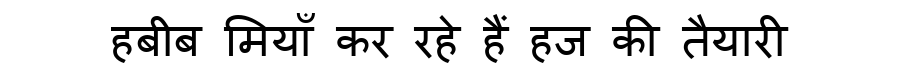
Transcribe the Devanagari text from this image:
हबीब मियाँ कर रहे हैं हज की तैयारी